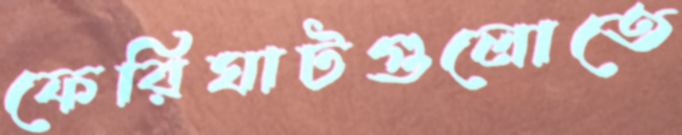
ফেরিঘাটগুলোতে